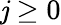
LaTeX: \mathit{j}\geq0